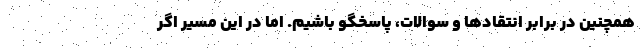
همچنین در برابر انتقادها و سوالات، پاسخگو باشیم. اما در این مسیر اگر